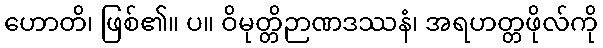
ဟောတိ၊ ဖြစ်၏။ ပ။ ဝိမုတ္တိဉာဏဒဿနံ၊ အရဟတ္တဖိုလ်ကို